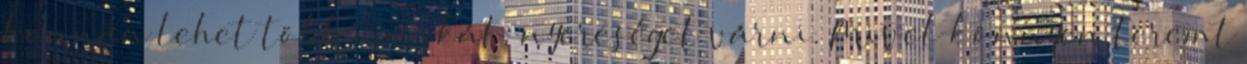
honnan lehet több munkát, nyereséget várni. Mivel könnyen teremt